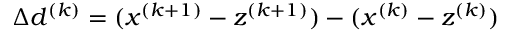
\Delta d ^ { ( k ) } = ( x ^ { ( k + 1 ) } - z ^ { ( k + 1 ) } ) - ( x ^ { ( k ) } - z ^ { ( k ) } )